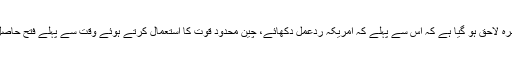
اس سے یہ خطرہ لاحق ہو گیا ہے کہ اس سے پہلے کہ امریکہ ردعمل دکھائے، چین محدود قوت کا استعمال کرتے ہوئے وقت سے پہلے فتح حاصل کر سکتا ہے۔